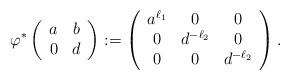
LaTeX: \begin{align*}\varphi^* \left(\begin{array}{c c} a & b \\ 0 & d \end{array}\right) :=\left(\begin{array}{c c c} a^{\ell_1} & 0 & 0 \\ 0 & d^{- \ell_2} & 0 \\ 0 & 0 & d^{- \ell_2} \end{array} \right) . \end{align*}